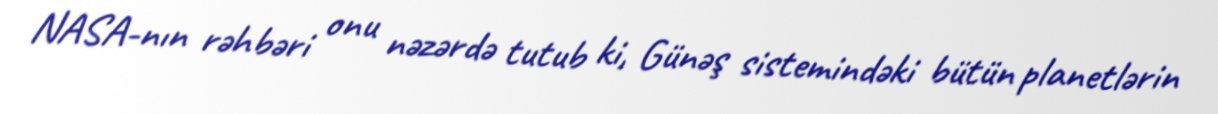
NASA-nın rəhbəri onu nəzərdə tutub ki, Günəş sistemindəki bütün planetlərin